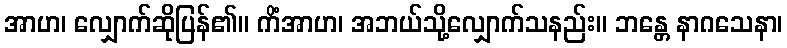
အာဟ၊ လျှောက်ဆိုပြန်၏။ ကိံအာဟ၊ အဘယ်သို့လျှောက်သနည်း။ ဘန္တေ နာဂသေနာ၊